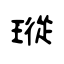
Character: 瑽